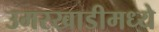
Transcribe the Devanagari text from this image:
उमरखाडीमध्ये